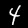
Label: 4